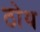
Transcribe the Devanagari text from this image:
ठोथ